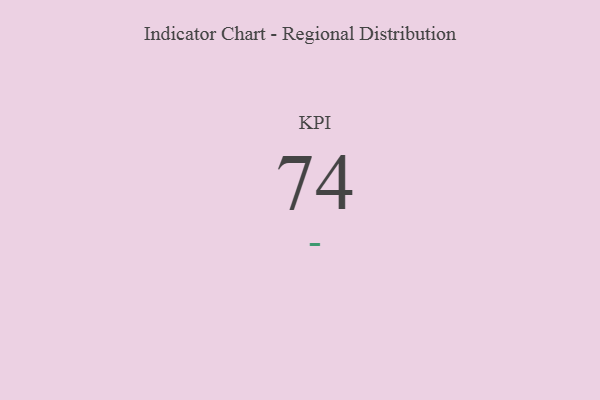
{"axis": {"x": "KPI", "y": "Value"}, "legend": [""], "data": [{"x": "KPI", "y": 74, "type": ""}]}